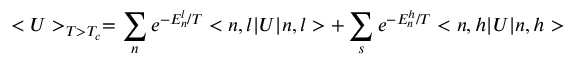
< U > _ { T > T _ { c } } = \sum _ { n } e ^ { - E _ { n } ^ { l } / T } < n , l | U | n , l > + \sum _ { s } e ^ { - E _ { n } ^ { h } / T } < n , h | U | n , h >